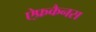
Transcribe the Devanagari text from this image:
ऐ्फ्रकैनस